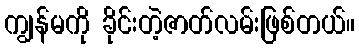
ကျွန်မကို ခိုင်းတဲ့ဇာတ်လမ်းဖြစ်တယ်။